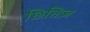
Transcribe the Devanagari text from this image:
छितिज़